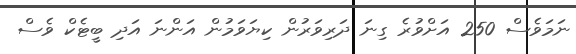
ނަމަވެސް 250 އަށްވުރެ ގިނަ ދަރިވަރުން ކިޔަވަމުން އަންނަ އަދި ބީޓެކް ވެސް